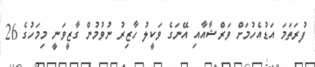
ފުރަތަމަ އަޑުއެހުމަށް ވަރްޝާއާއި އޭނަގެ ވަކީލު ހާޒިރު ނުވުމުން ގާޒީވަނީ މިމަހުގެ 26